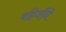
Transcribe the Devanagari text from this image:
बहिर्जीने